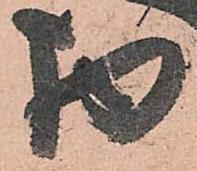
物